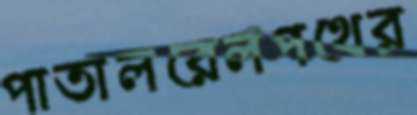
পাতালরেলপথের